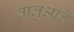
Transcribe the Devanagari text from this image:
बालुआर्टे